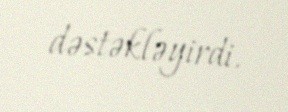
dəstəkləyirdi.